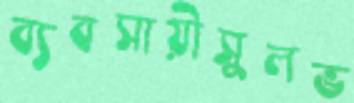
ব্যবসায়ীসুলভ